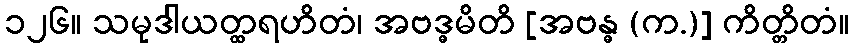
၁၂၆။ သမုဒါယတ္ထရဟိတံ၊ အဗဒ္ဓမိတိ [အဗန္ဓ (က.)] ကိတ္တိတံ။